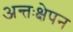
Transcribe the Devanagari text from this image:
अन्तःक्षेपन